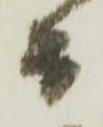
而